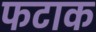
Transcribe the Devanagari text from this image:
फटाक